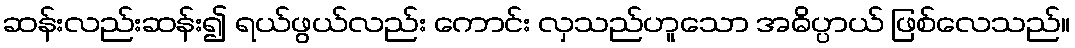
ဆန်းလည်းဆန်း၍ ရယ်ဖွယ်လည်း ကောင်း လှသည်ဟူသော အဓိပ္ပာယ် ဖြစ်လေသည်။